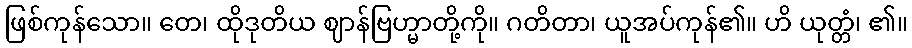
ဖြစ်ကုန်သော။ တေ၊ ထိုဒုတိယ ဈာန်ဗြဟ္မာတို့ကို။ ဂတိတာ၊ ယူအပ်ကုန်၏။ ဟိ ယုတ္တံ၊ ၏။